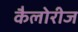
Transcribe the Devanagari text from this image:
कैलोरीज